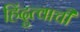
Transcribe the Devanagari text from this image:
हिंदुत्वाची